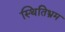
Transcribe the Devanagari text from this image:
स्थितिभ्रम